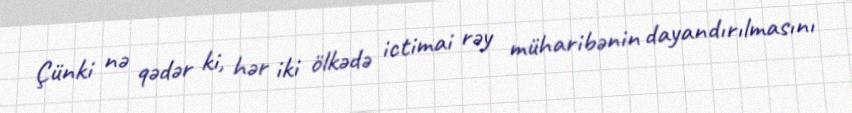
Çünki nə qədər ki, hər iki ölkədə ictimai rəy müharibənin dayandırılmasını